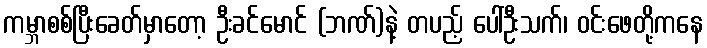
ကမ္ဘာစစ်ပြီးခေတ်မှာတော့ ဦးခင်မောင် (ဘဏ်)နဲ့ တပည့် ပေါ်ဦးသက်၊ ဝင်းဖေတို့ကနေ